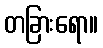
တခြားရော။